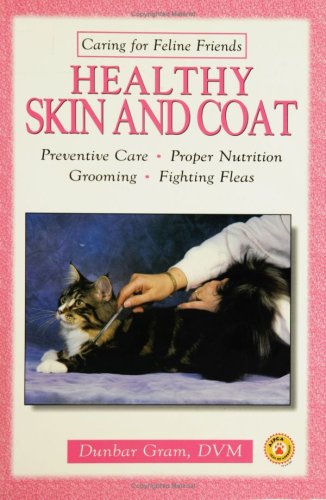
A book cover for Healthy Skin and Coat (Caring for Feline Friends); Dunbar Gram; Medical Books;